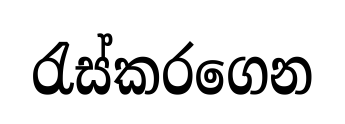
රැස්කරගෙන